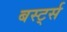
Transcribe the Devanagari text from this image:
बर्स्ट्स